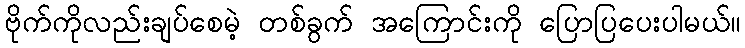
ဗိုက်ကိုလည်းချပ်စေမဲ့ တစ်ခွက် အကြောင်းကို ပြောပြပေးပါမယ်။